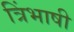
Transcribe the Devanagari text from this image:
त्रिंभाषी